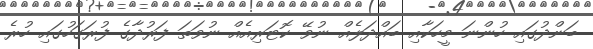
ބަންދުގައި ހުންނަ މީހަކާއި ބައްދަލެއް ނުވޭ ކޮޓަރިއެއް ނުވަތަ ފަރުދާގެ ފުރަގަހުގައި ހުރެ